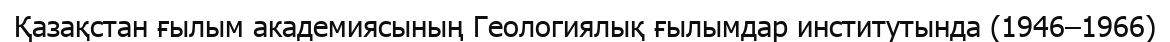
Қазақстан ғылым академиясының Геологиялық ғылымдар институтында (1946–1966)